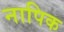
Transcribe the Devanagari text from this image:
नापिक